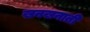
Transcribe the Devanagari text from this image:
खनखनाती